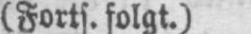
(Forts. folgt.)